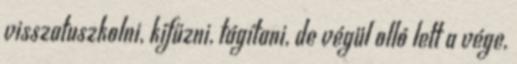
visszatuszkolni, kifűzni, tágítani, de végül olló lett a vége,